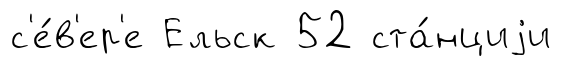
с'е́в'ер'е Ельск 52 ста́нциjи